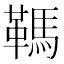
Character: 䩻